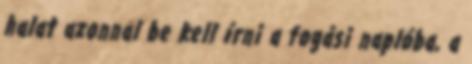
halat azonnal be kell írni a fogási naplóba, a